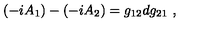
( - i A _ { 1 } ) - ( - i A _ { 2 } ) = g _ { 1 2 } d g _ { 2 1 } \ ,